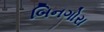
બિનગોરા